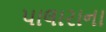
પાલારાના